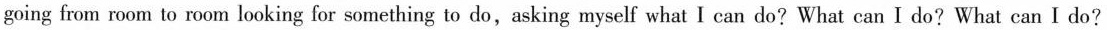
going from room to room looking for something to do,asking myself what I can do? What can I do?